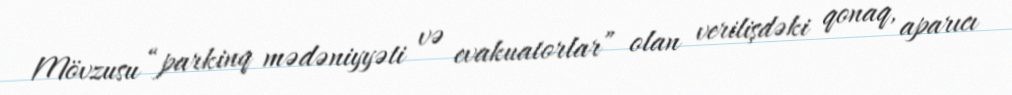
Mövzusu “parkinq mədəniyyəti və evakuatorlar” olan verilişdəki qonaq, aparıcı